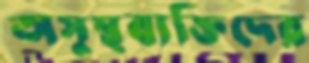
অসুস্থব্যক্তিদের